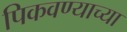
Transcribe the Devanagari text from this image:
पिकवण्याच्या